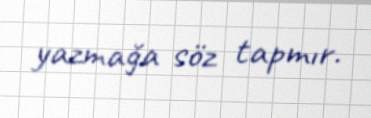
yazmağa söz tapmır.